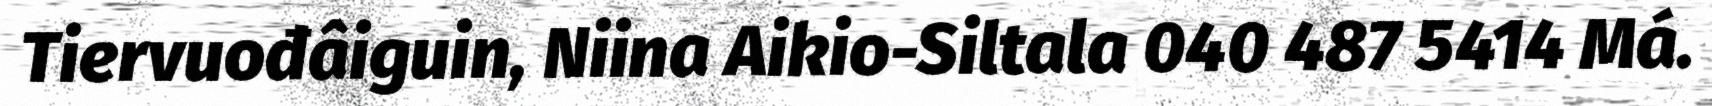
Tiervuođâiguin, Niina Aikio-Siltala 040 487 5414 Má.